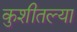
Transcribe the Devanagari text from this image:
कुशीतल्या